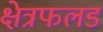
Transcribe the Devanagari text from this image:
क्षेत्रफलड